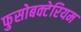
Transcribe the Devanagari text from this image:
फुसोबक्टेरियम